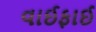
વાઈફાઈ